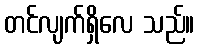
တင်လျက်ရှိလေ သည်။